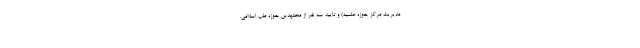
مدیریت مرکز حوزه علمیه) و تایید سه نفر از مجتهدین حوزه طب اسلامی.